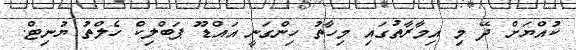
ކުއްޔަށް ދޭ މި އިމާރާތުގައި މިހާތު ހިންގަނީ އައްޑޫ ޕަބްލިކް ހެލްތު ޔުނިޓް.